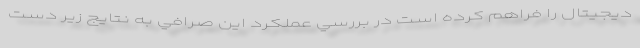
ديجيتال را فراهم کرده است در بررسي عملكرد اين صرافي به نتايج زير دست